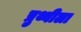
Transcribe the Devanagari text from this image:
प्रुथ्वीला